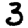
Digit: 3